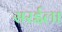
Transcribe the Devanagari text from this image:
सरईला